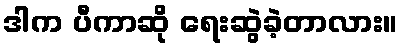
ဒါက ပီကာဆို ရေးဆွဲခဲ့တာလား။